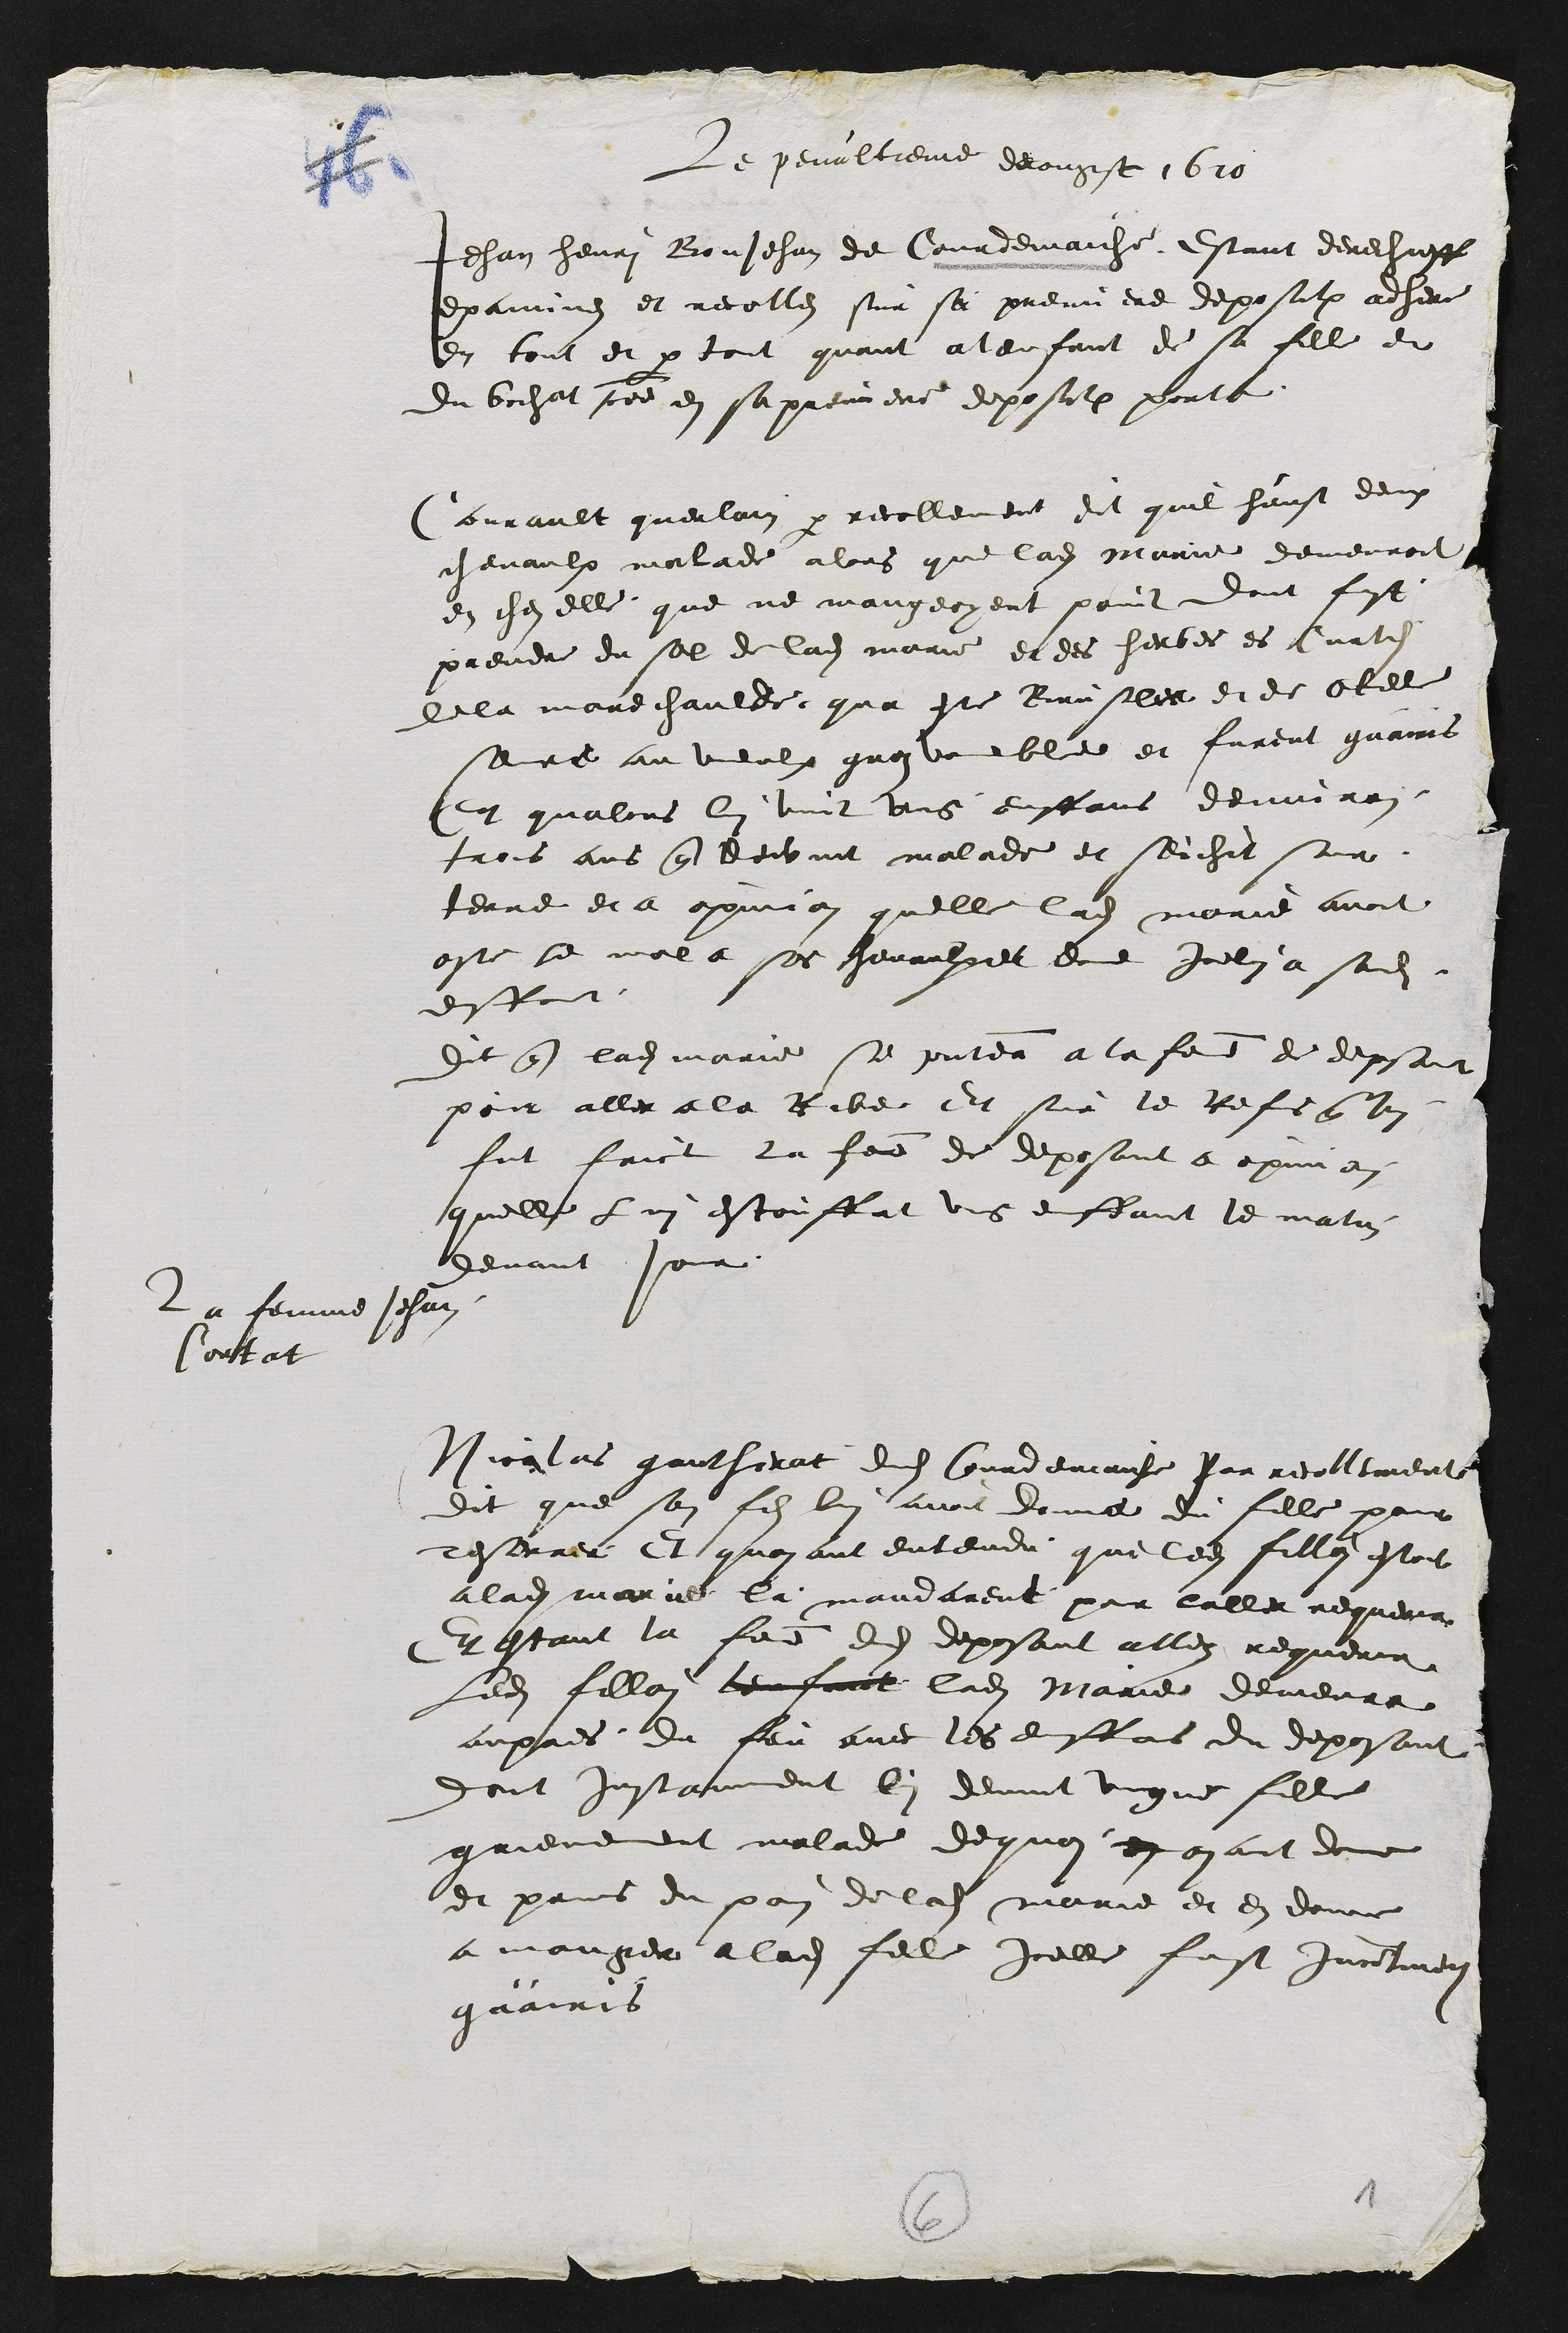
Le penultienne daougst 1610
Jehan henri BonJehan de Courtemaiche Estant derechie
exainne et recolles sur sa premiere depositre chere
en tout et par tout quant a lenfant de sa fille et
du bochat cee en sapremiere deposit porte
Courault quellain par recollement dit quil heust deux
chevaulx malade alors que ladite marie demeuroit
en ches elle que ne mangeoyent point dout fust
prendre du sel de ladite marie et des herbes es Curtil
de la marechaulde que ete Bruslee et de etil
are au vieulx quoi oble et furent guairis
+ qualors le vint ung enffans deniron
trois ans que devint malade et seichit sur
terre et a opinion quelle ladite marie avoit
oste le mal a ses chevaulet due Il a sondit
du 2
Dit que ladite marie se presentee a la femme de depsoir
pour aller a la Ribe Et sur le les lui
fit faict la femme de deposant a opinion
quelle Lui estoit ung effant le matin
devant je
La femme Jehan
Corbat
Nicolas gautherat dudit Courdemaulx Par recollement
dit que son fils lui avoit donne du fille pour
destrrer Et quayant entendu que ledit fillai estoit
a ladite marie la mandarent pour lalle requerir
Et estant la femme dudit deposant alle requerir
ledit fillon lenfant ladite Marie demeura
aupres du feu avec les affus du deposant
doit instanment lui devint ungne fil
grevent malade dequoi en ayant don
et prins du pon de la marie et en donne
a manger a ladite fille icelle fust inctinent
grairis